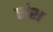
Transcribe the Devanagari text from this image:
संश